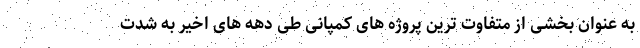
به عنوان بخشی از متفاوت ترین پروژه های کمپانی طی دهه های اخیر به شدت